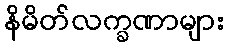
နိမိတ်လက္ခဏာများ